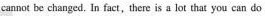
cannot be changed. In fact,there is a lot that you can do